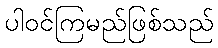
ပါဝင်ကြမည်ဖြစ်သည်